Bréfritari: Sigríður Pálsdóttir
Viðtakandi: Páll Pálsson
Dagsetning: A-1870-09-14
Skrifað á: Breiðabólsstað  Rang.
Páll var bróðir Sigríðar

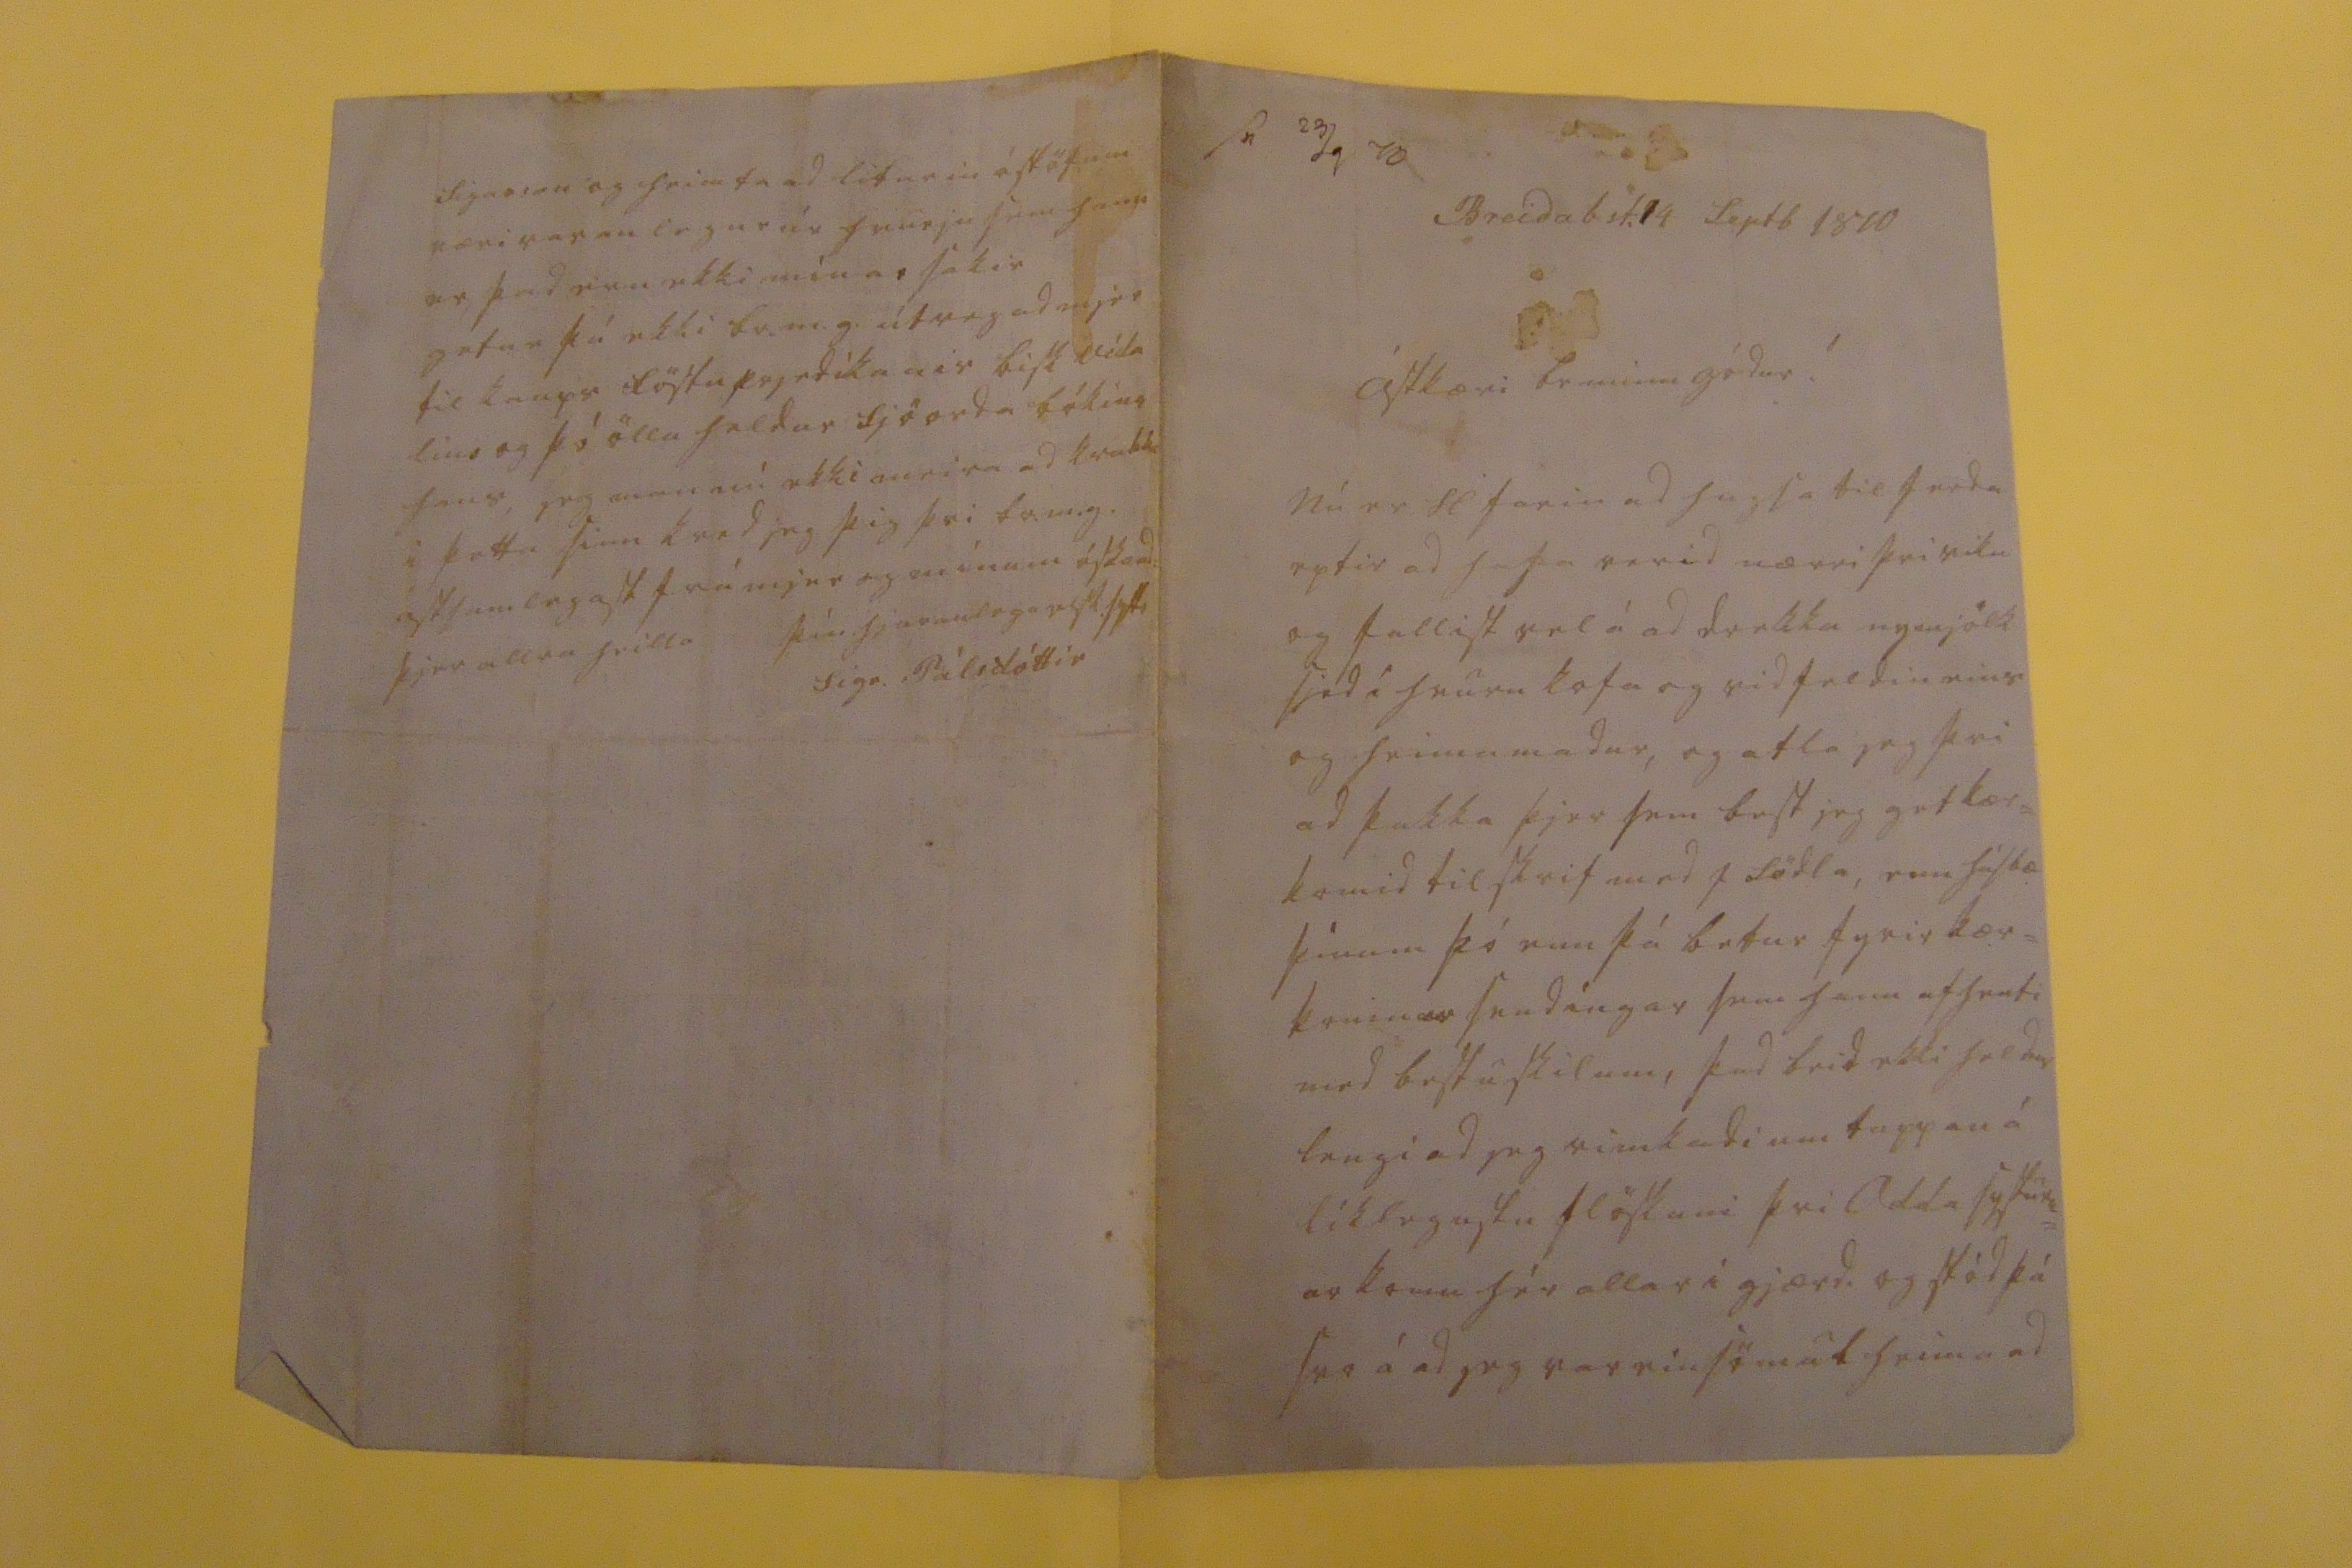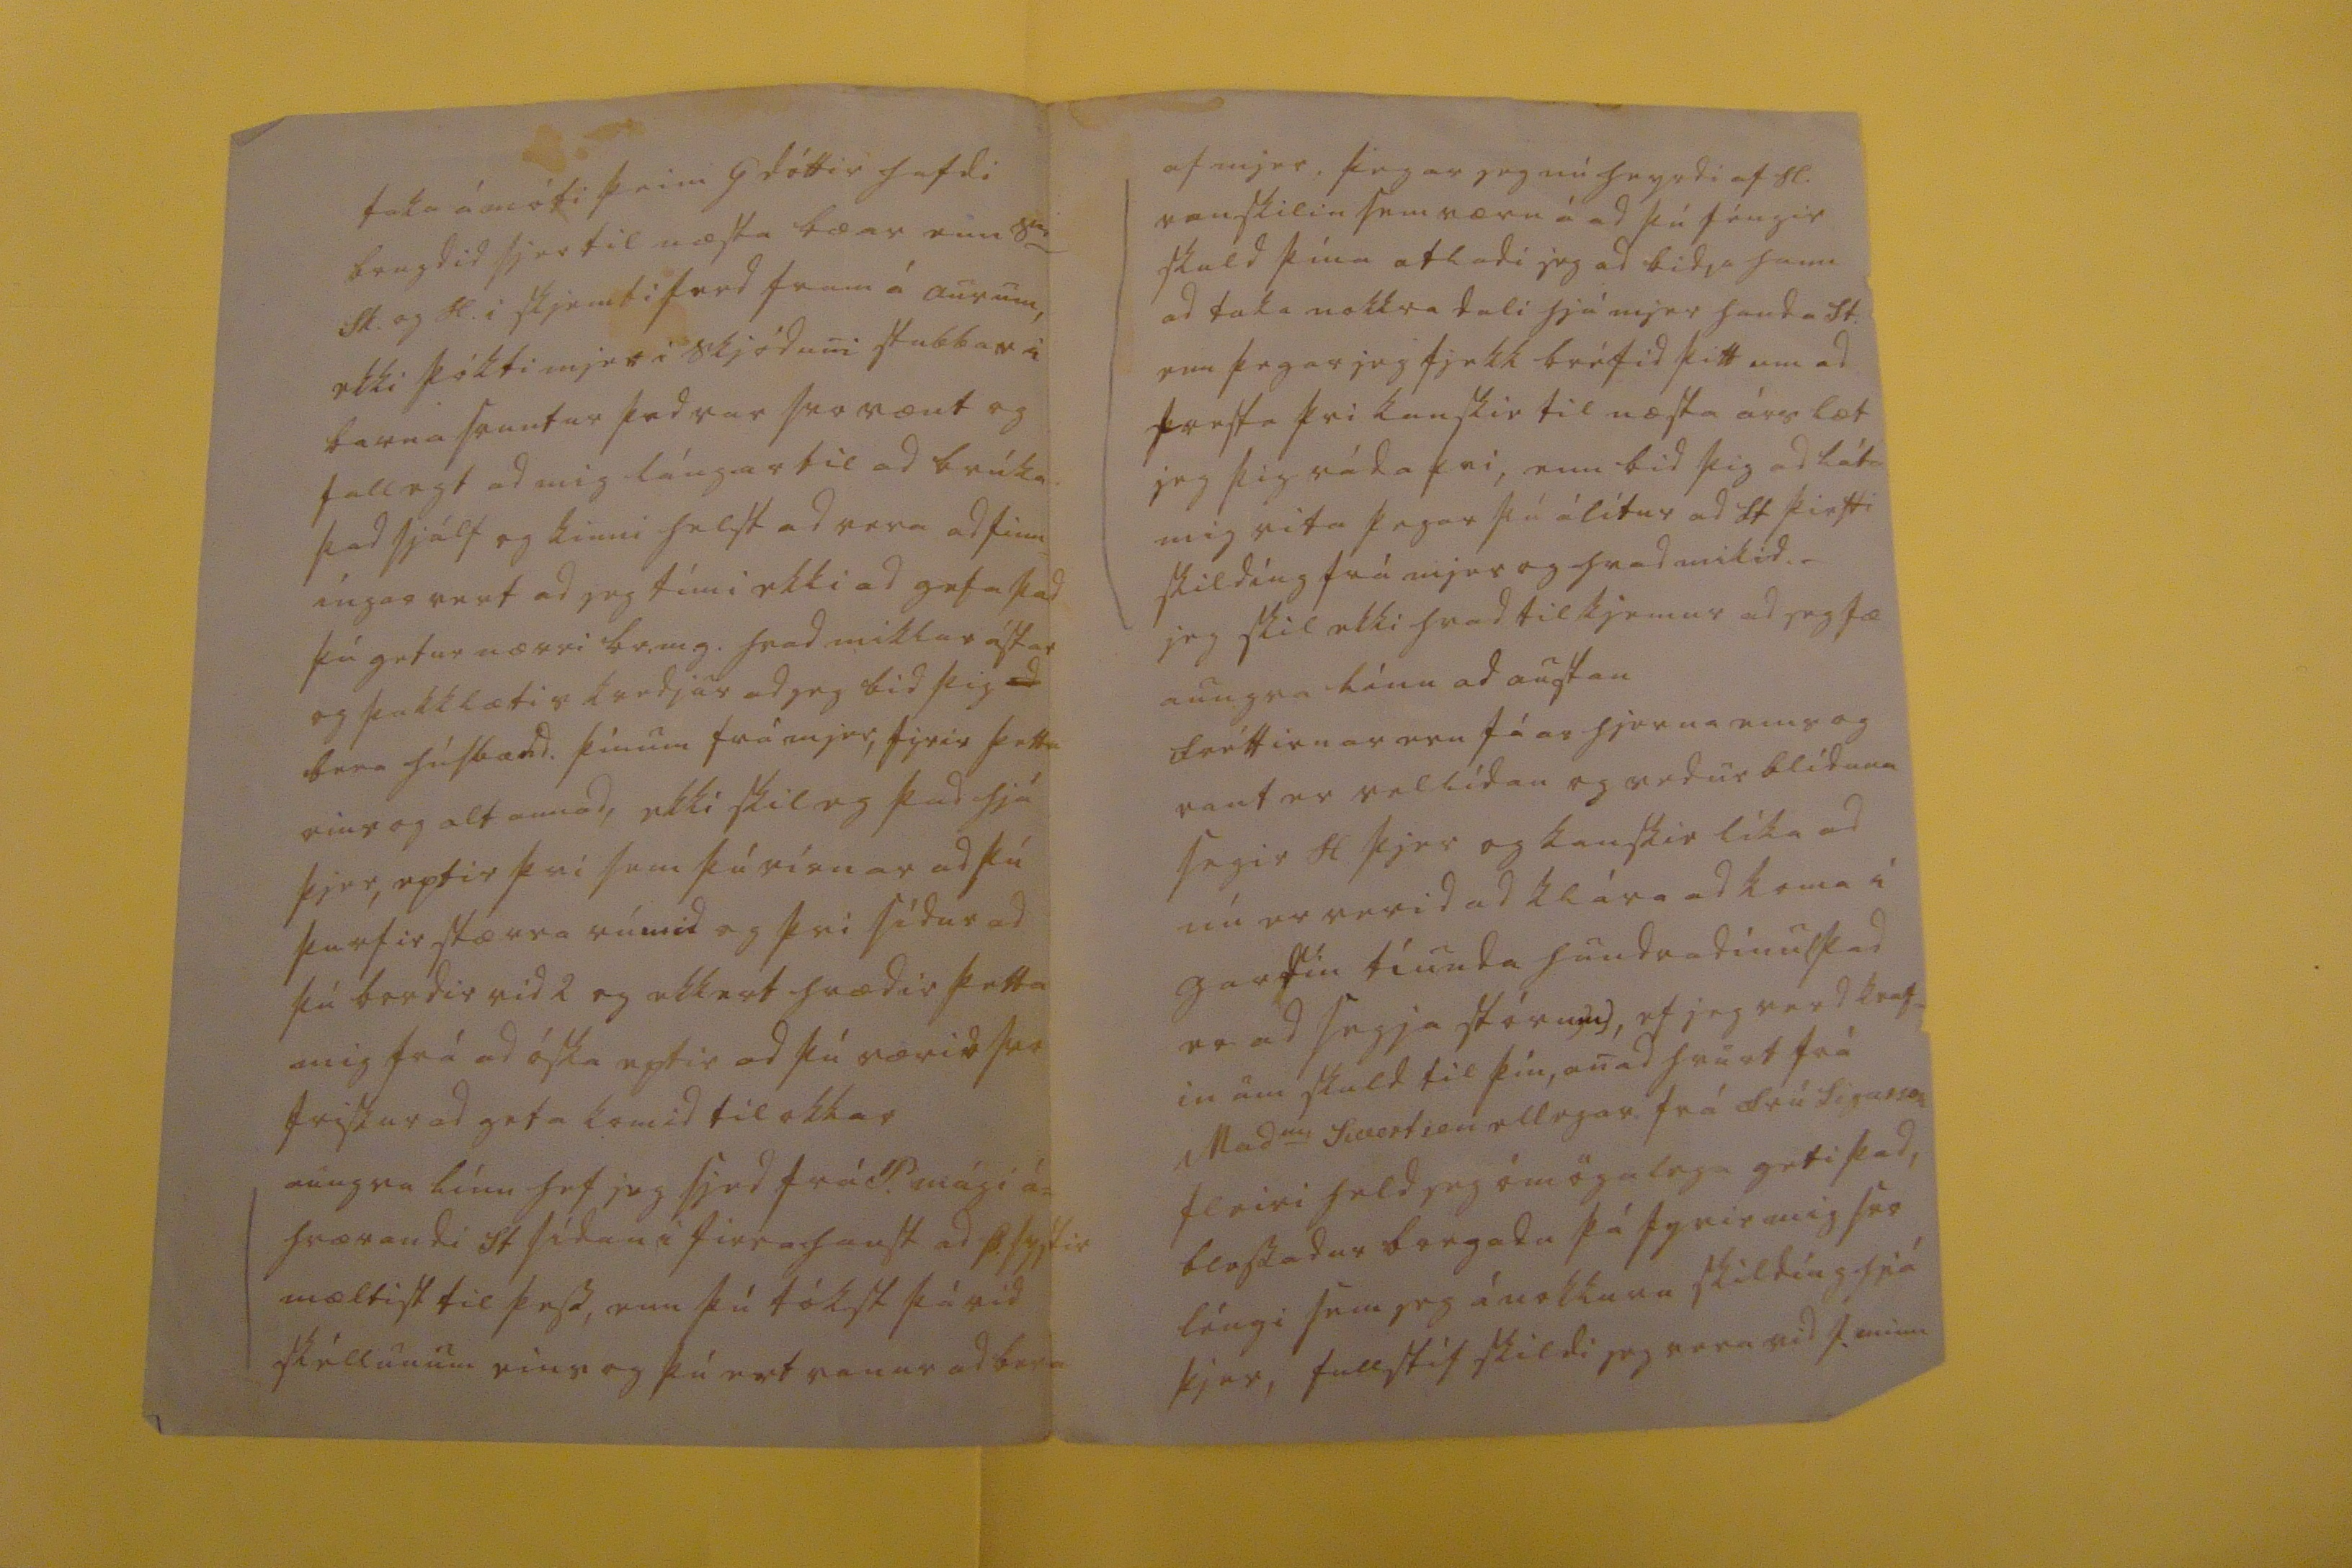

sv 23/0 70
Breidab st. 14 Septb 1870
ástkæri br minn gódur!
Nú er H farin ad hugsa til ferda eptir ad hafa verid nærri þvi viku og fallist vel á ad drekka nymjólk sjed i hvurn kofa og vidfeldin eins og heimamadur, og atla jeg þvi ad þakka þjer sem best jeg get kær= komid tilskrif med J södla, enn húsbæ þínum þó enn þá betur fyrir kær= komin
ar
sendíngar sem hann afhenti med bestu skilum, þad beid ekki heldur lengi ad jeg eimkadi um tappan á líklegustu flöskuni þvi Odda systurn= ar komi hér allar i gjærd. og stód þá svo á ad jeg var einsömul heima ad
taka á móti þeim G dóttir hafdi brugdid sjer til næsta bæar enn S
er
Sk. og H. i skjemtiferd fram á aurum, ekki þókti mjer i skjódum stubbar i barna svuntur þad var svo vænt og fallegt ad mig lángar til ad brúka þad sjálf og kinni helst ad vera adfinn= íngarvert ad jeg tími ekki ad gefa þad þú getur nærri br.m.g. hvad miklar ástar og þakklætis kvedjur ad jeg bid þig
ad
bera húsbænd. þínum frá mjer, fyrir þetta eins og alt annad, ekki skil eg þad hjá þjer, eptir þvi sem þú rírnar ad þú þurfir stærra rúmid og þvi sídur ad þú bordir vid 2 og ekkert hrædir þetta mig frá ad óska eptir ad þú værir svo friskur ad geta komid til okkar aungva línu hef jeg sjed frá P. mági á= hrærandi St sídan i firrahaust ad Þ. systir mæltist til þess, enn þú tókst þá vid skéllunum eins og þú ert vanur ad bera
af mjer, þegar jeg nú heyrdi af H. vanskilin sem væru á ad þú féngir skuld þína atladi jeg ad bidja hann ad taka nokkra dali hjá mjer handa St. enn þegar jeg fjekk bréfid þitt um ad fresta þvi kanskie til næsta árs læt jeg þig ráda þvi, enn bid þig ad láta mig vita þegar þú álítur ad St þirfti skildíng frá mjer og hvad mikid._ jeg skil ekki hvad til kjemur ad jeg fæ aungva línu ad austan fréttirnar eru fáar hjerna eins og vant er vellídan og vedurblíduna segir H þjer og kanskie líka ad nú er verid ad klára ad koma í gardin tíunda hundradinu (þad er ad segja stórum), ef jeg verd kraf= in um skuld til þín, anad hvurt frá Mad
me
Sivertsen ellegar frá frú Sigurson fleiri held jeg ómögulega geti þad, blessadur borgadu þá fyrir mig svo léngi sem jeg á nokkura skildíng hjá þjer, fullstíf skildi jeg vera vid J. minn
Sigurson og heimta ad liturin á stöfum væri varanlegur úr hvurju sem hann er, þad eru ekki mínar sakir getur þú ekki br.m.g. útvegad mjer til kaups föstu prjedikanir bisk Vída lins og þó öllu heldur sjöorda bókina hans, jeg man nú ekki meira ad kvabba i þetta sinn kved jeg þig þvi br.m.g. ástsamlegast frá mjer og mínum óska ad þjer allra heilla
þín hjaranlega elsk. systi
Sigr. Pálsdóttir
fyrirgefdu flítirin